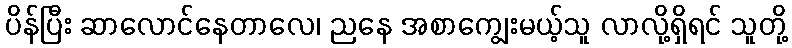
ပိန်ပြီး ဆာလောင်နေတာလေ၊ ညနေ အစာကျွေးမယ့်သူ လာလို့ရှိရင် သူတို့